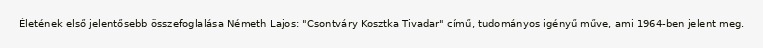
Életének első jelentősebb összefoglalása Németh Lajos: "Csontváry Kosztka Tivadar" című, tudományos igényű műve, ami 1964-ben jelent meg.